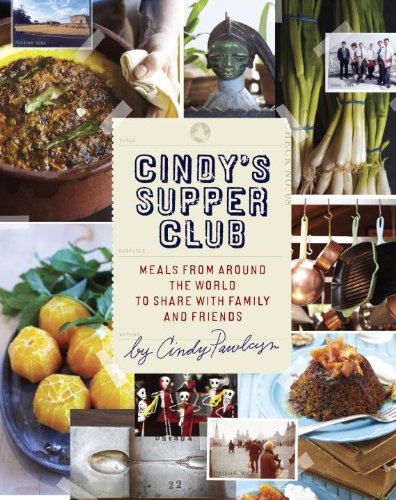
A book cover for Cindy's Supper Club: Meals from Around the World to Share with Family and Friends; Cindy Pawlcyn; Cookbooks, Food & Wine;